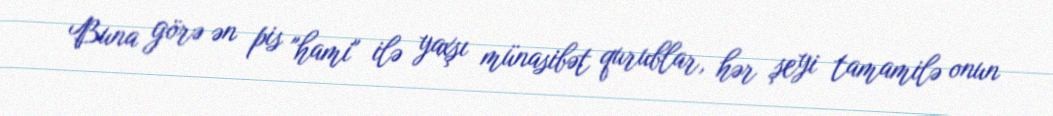
Buna görə ən pis "hami" ilə yaxşı münasibət qurublar, hər şeyi tamamilə onun